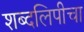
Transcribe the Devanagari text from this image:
शब्दलिपीचा